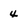
Character: 4